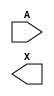
module sky130_fd_sc_lp__lsbuf (
    //# {{data|Data Signals}}
    input  A,
    output X
);

    // Voltage supply signals
    supply1 DESTPWR;
    supply1 VPWR   ;
    supply0 VGND   ;
    supply1 DESTVPB;
    supply1 VPB    ;
    supply0 VNB    ;

endmodule